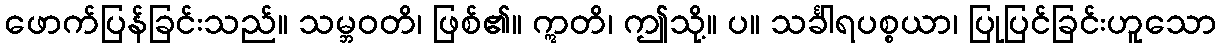
ဖောက်ပြန်ခြင်းသည်။ သမ္ဘဝတိ၊ ဖြစ်၏။ ဣတိ၊ ဤသို့။ ပ။ သင်္ခါရပစ္စယာ၊ ပြုပြင်ခြင်းဟူသော